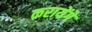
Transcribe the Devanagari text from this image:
करायेंगे